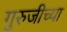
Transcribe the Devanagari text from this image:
गुरुजीच्या